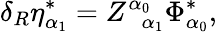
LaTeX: \delta_{R}\eta_{\alpha_{1}}^{*}=Z_{\; \; \alpha_{1}}^{\alpha_{0}}\Phi_{\alpha_{0}}^{*},